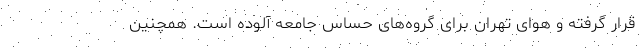
قرار گرفته و هوای تهران برای گروه‌های حساس جامعه آلوده است. همچنین